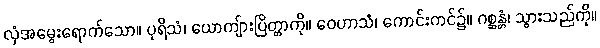
လှံအမွေးရောက်သော။ ပုရိသံ၊ ယောကျ်ားပြိတ္တာကို။ ဝေဟာသံ၊ ကောင်းကင်၌။ ဂစ္ဆန္တံ၊ သွားသည်ကို။